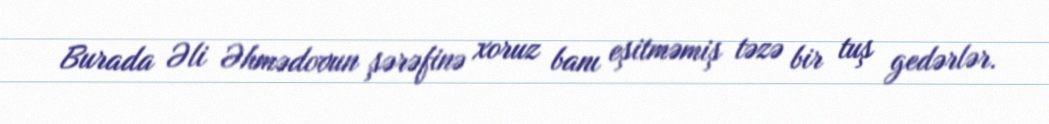
Burada Əli Əhmədovun şərəfinə xoruz banı eşitməmiş təzə bir tuş gedərlər.